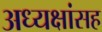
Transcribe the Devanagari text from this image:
अध्यक्षांसह